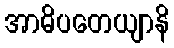
အာဓိပတေယျာနိ